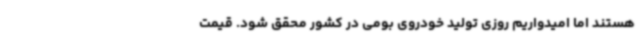
هستند اما امیدواریم روزی تولید خودروی بومی در کشور محقق شود. قیمت